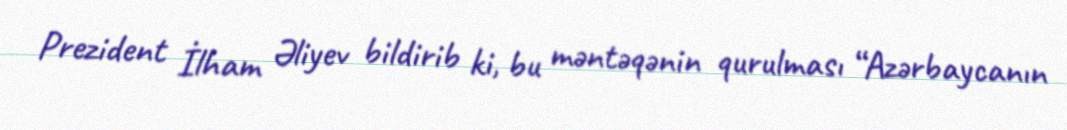
Prezident İlham Əliyev bildirib ki, bu məntəqənin qurulması “Azərbaycanın